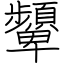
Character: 顰